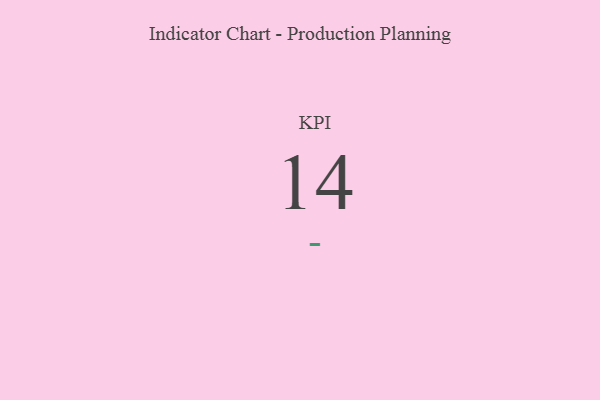
{"axis": {"x": "KPI", "y": "Value"}, "legend": [""], "data": [{"x": "KPI", "y": 14, "type": ""}]}